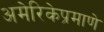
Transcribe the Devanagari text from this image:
अमेरिकेप्रमाणे